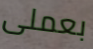
بعملى